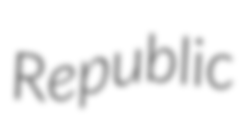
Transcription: Republic